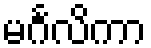
မင်္ဂလိကာ